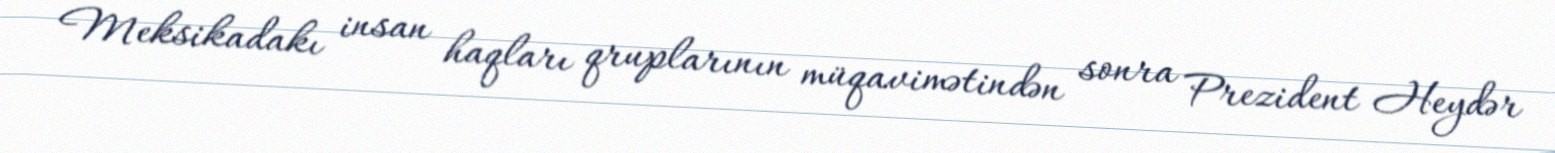
Meksikadakı insan haqları qruplarının müqavimətindən sonra Prezident Heydər